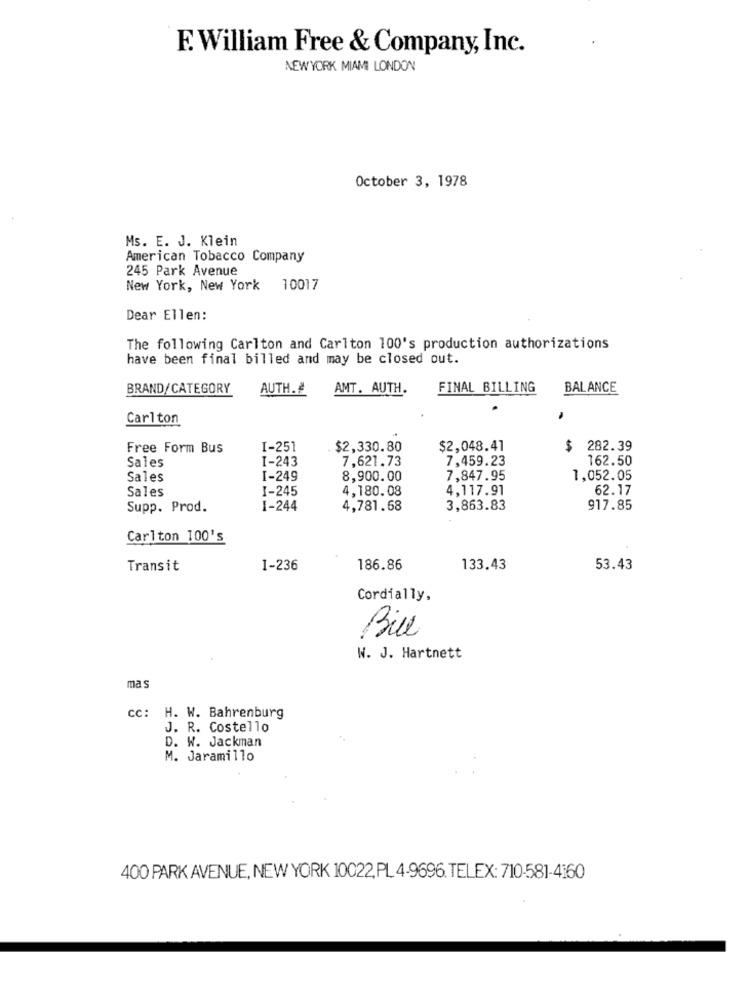
F. William Free & Company, Inc.
NEW YORK MIAMI LONDON
October 3, 1978
Ms. E. J. Klein
American Tobacco Company
245 Park Avenue
New York, New York
10017
Dear Ellen:
The following Carlton and Carlton 100's production authorizations
have been final billed and may be closed out.
BRAND/CATEGORY
AUTH.
AMT. AUTH.
FINAL BILLING
BALANCE
Carlton
Free Form Bus
I-251
$2,330.80
$2,048.41
$
282.39
I-243
7,621.73
7,459.23
162.50
Sales
Sales
I-249
8,900.00
7,847.95
1,052.05
Sales
I-245
4,180.08
4,117.91
62.17
Supp. Prod.
I-244
4,781.68
3,863.83
917.85
Carlton 100's
Transit
I-236
186.86
133.43
53.43
Cordially,
Bill
W. J. Hartnett
mas
cc: H. W. Bahrenburg
J. R. Costello
D. W. Jackman
M. Jaramillo
400 PARK AVENUE, NEW YORK 10022, PL 4-9696. TELEX: 710-581-4160